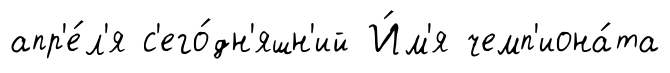
апр'е́л'я с'его́дн'яшн'ий И́м'я чемп'иона́та